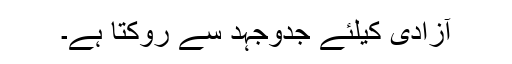
آزادی کیلئے جدوجہد سے روکتا ہے۔